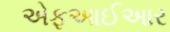
એફઆઈઆર